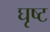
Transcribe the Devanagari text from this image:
घृष्ट